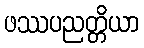
ဖဿပညတ္တိယာ